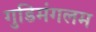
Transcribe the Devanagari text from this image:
गुडिमंगलम